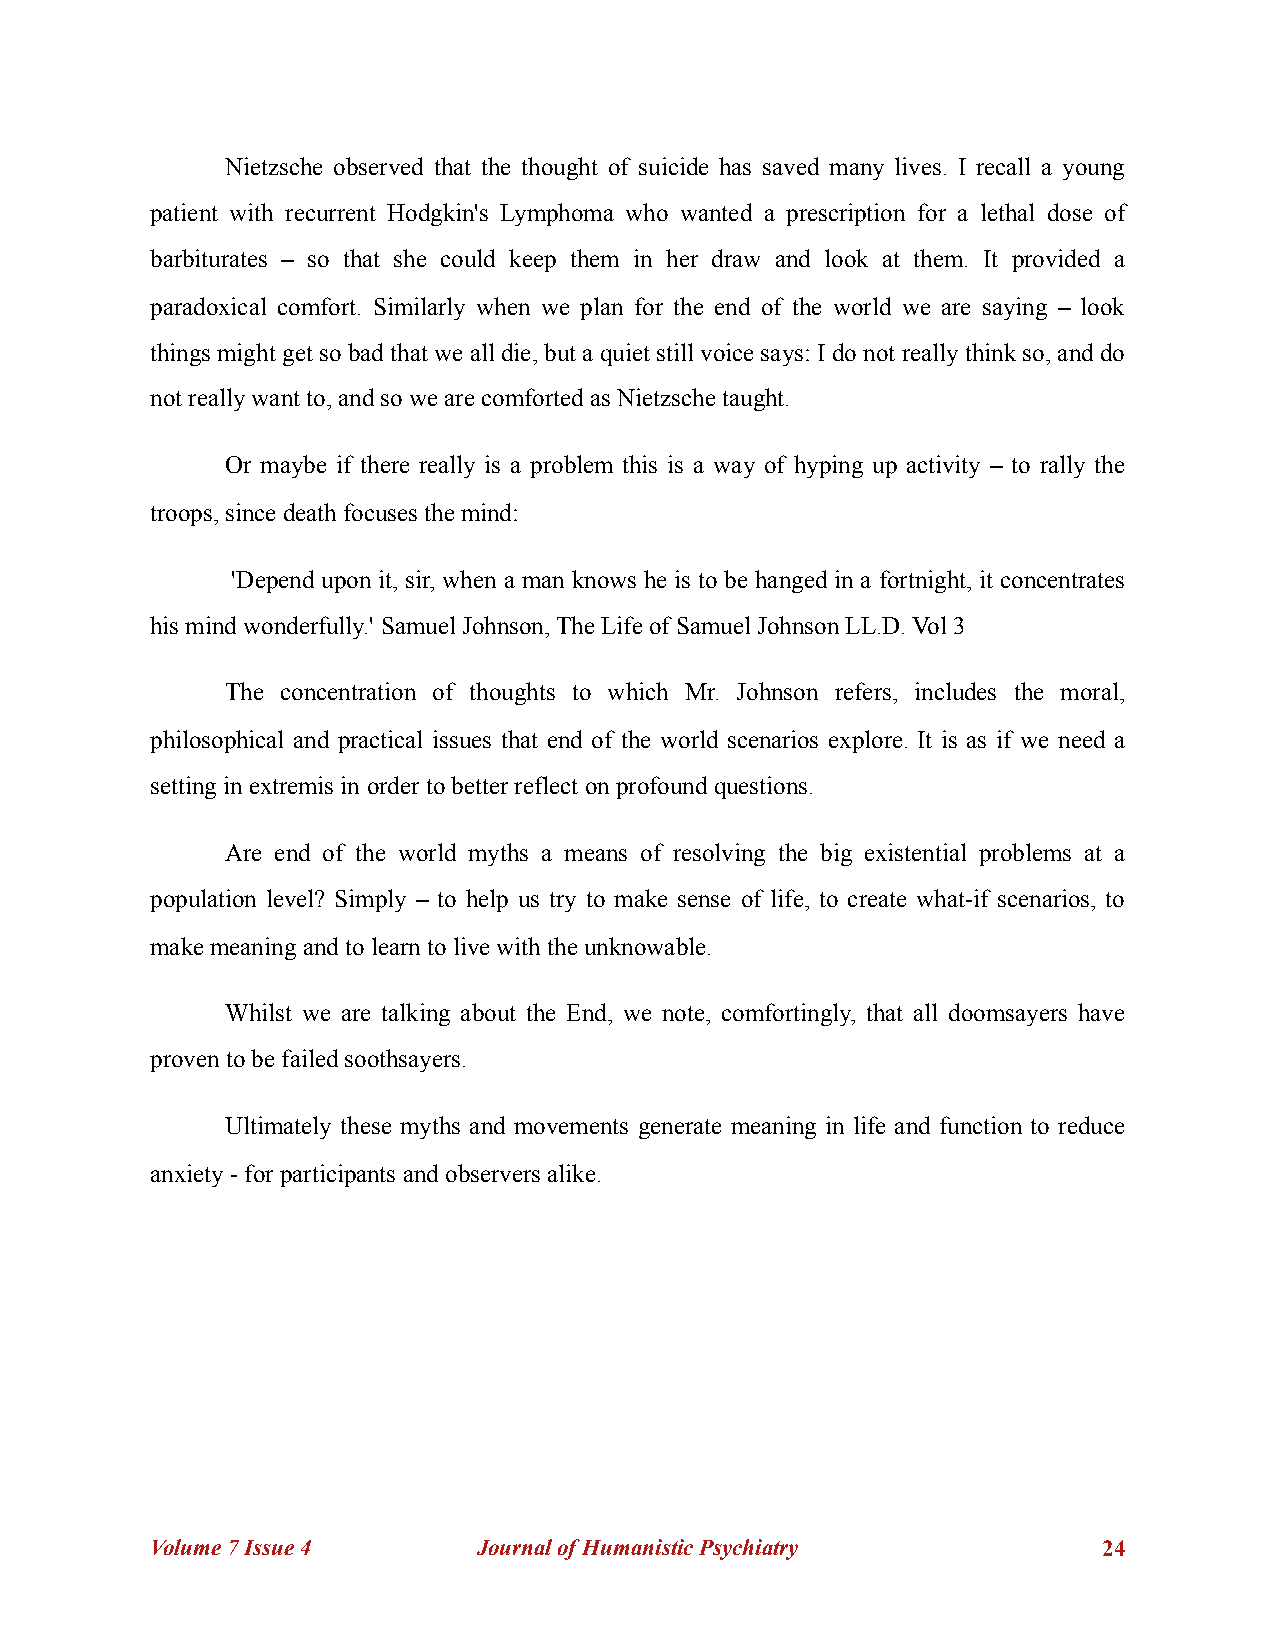
Nietzsche observed that the thought of suicide has saved many lives. I recall a young
 patient with recurrent Hodgkin's Lymphoma who wanted a prescription for a lethal dose of
 barbiturates – so that she could keep them in her draw and look at them. It provided a
 paradoxical comfort. Similarly when we plan for the end of the world we are saying – look
 things might get so bad that we all die, but a quiet still voice says: I do not really think so, and do
 not really want to, and so we are comforted as Nietzsche taught.
 Or maybe if there really is a problem this is a way of hyping up activity – to rally the
 troops, since death focuses the mind:
 'Depend upon it, sir, when a man knows he is to be hanged in a fortnight, it concentrates
 his mind wonderfully.' Samuel Johnson, The Life of Samuel Johnson LL.D. Vol 3
 The concentration of thoughts to which Mr. Johnson refers, includes the moral,
 philosophical and practical issues that end of the world scenarios explore. It is as if we need a
 setting in extremis in order to better reflect on profound questions.
 Are end of the world myths a means of resolving the big existential problems at a
 population level? Simply – to help us try to make sense of life, to create what-if scenarios, to
 make meaning and to learn to live with the unknowable.
 Whilst we are talking about the End, we note, comfortingly, that all doomsayers have
 proven to be failed soothsayers.
 Ultimately these myths and movements generate meaning in life and function to reduce
 anxiety - for participants and observers alike.
 Volume 7 Issue 4      Journal of Humanistic Psychiatry         !24